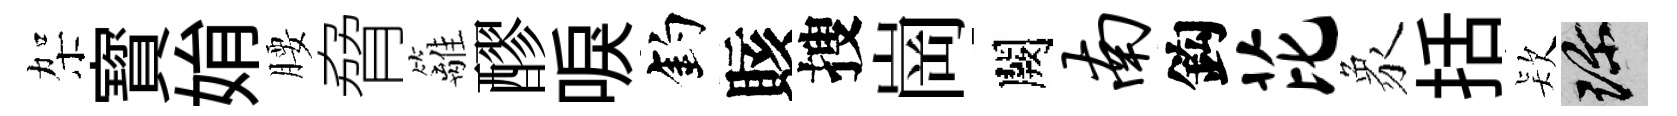
架寳姢腰脅籬醪唳釣賅搜崗闕南鈎芘象括𣣇珍